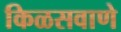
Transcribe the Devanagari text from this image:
किळसवाणे